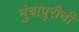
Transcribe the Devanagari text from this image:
मुंबापुरीची